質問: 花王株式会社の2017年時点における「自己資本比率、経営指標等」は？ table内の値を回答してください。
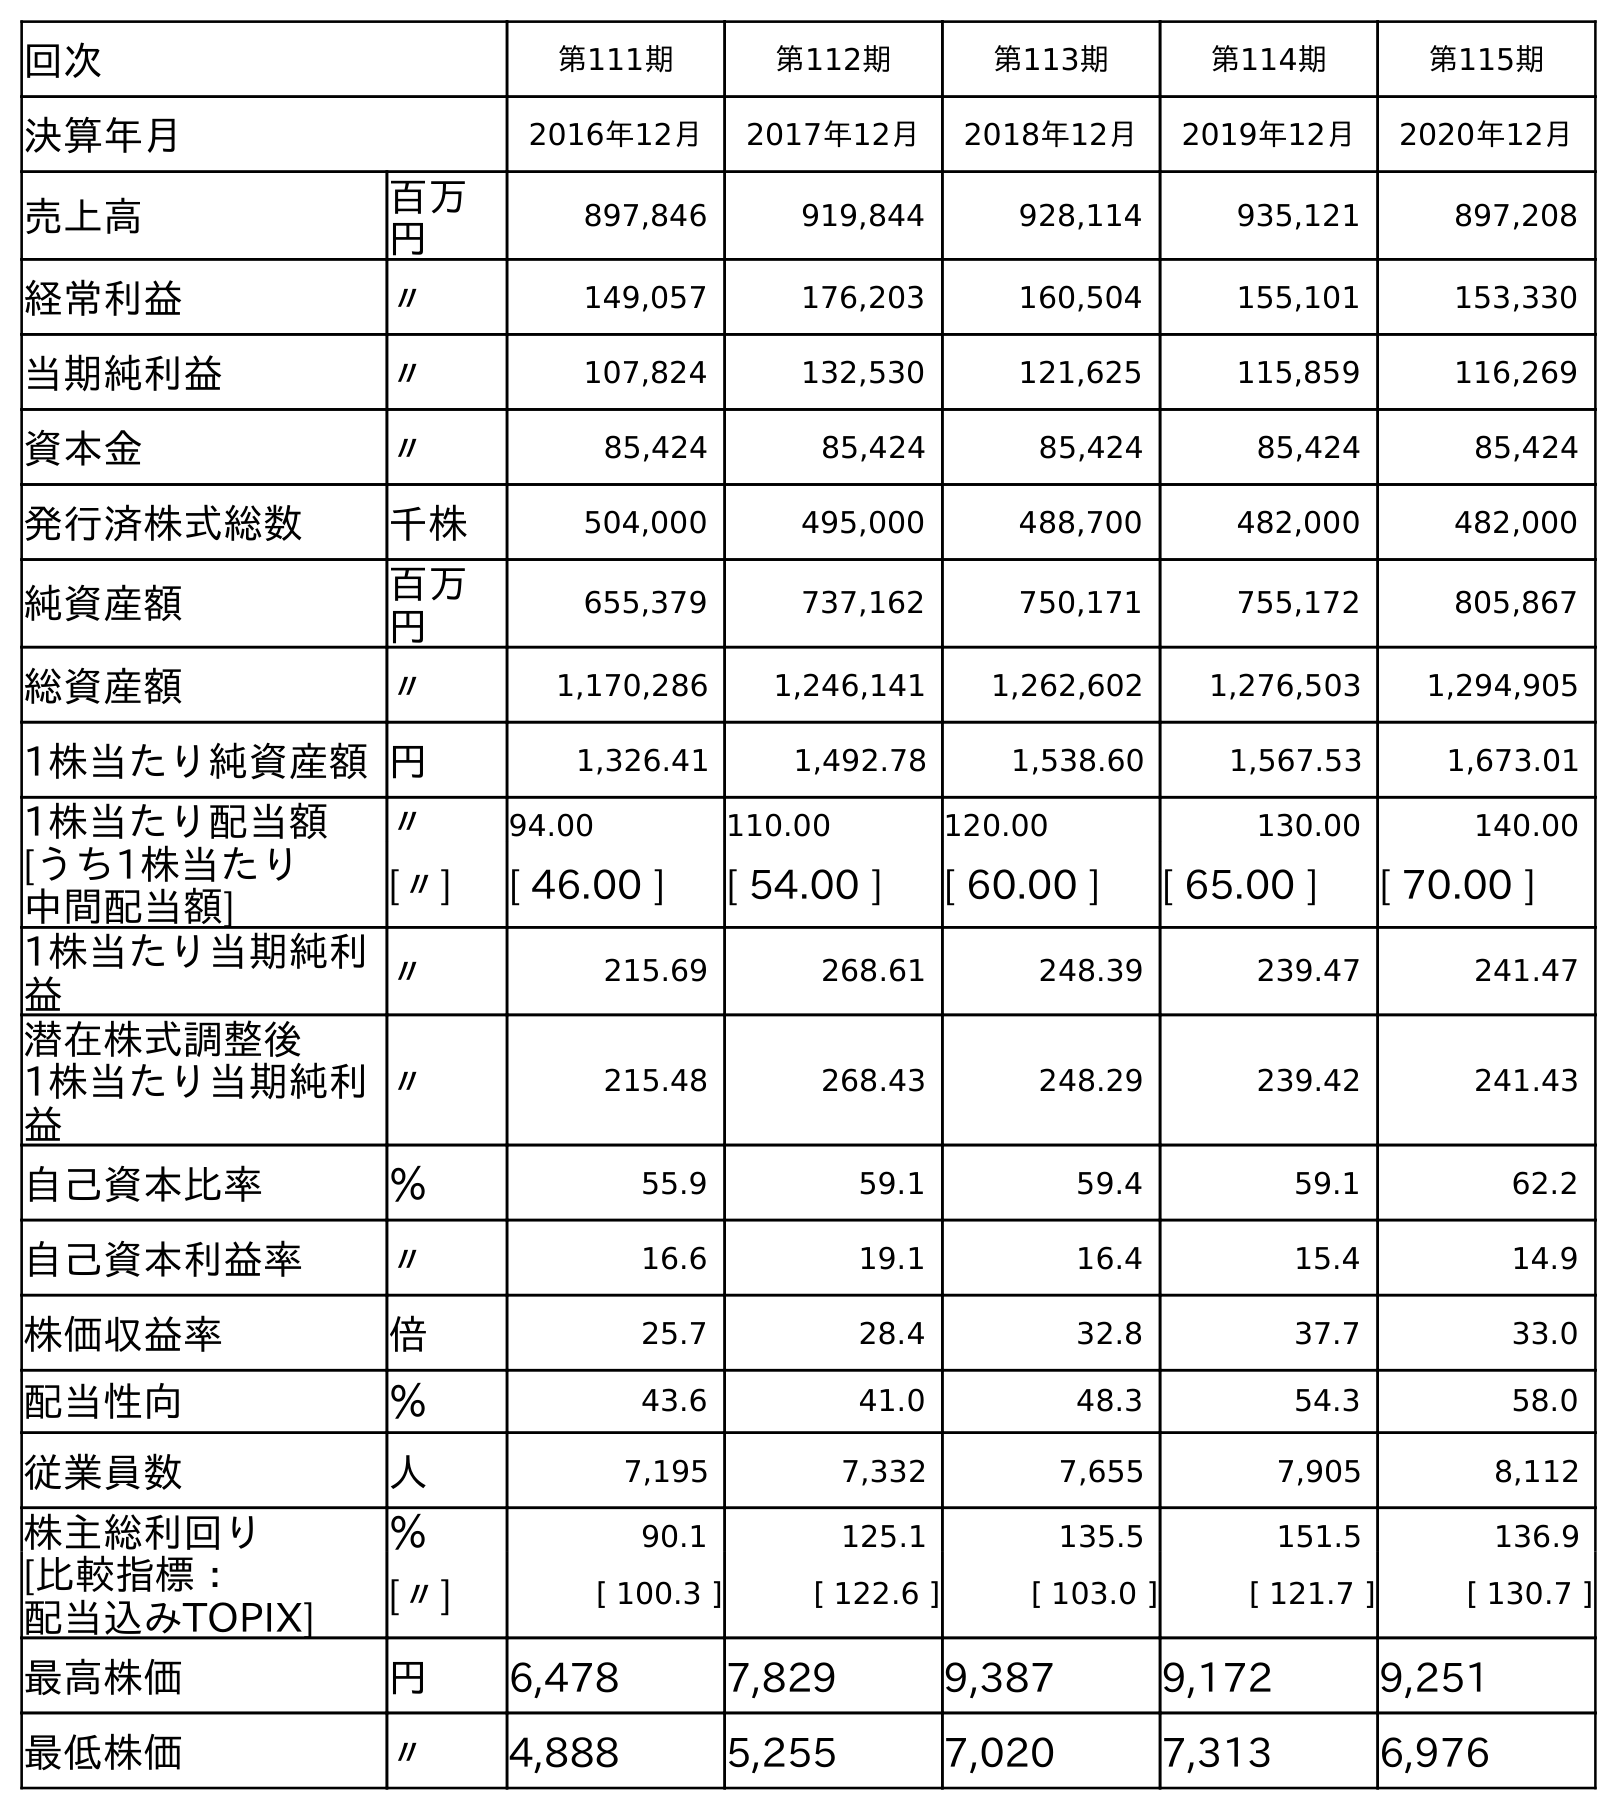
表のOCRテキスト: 回次 第111期 第112期 第113期 第114期 第115期 決算年月 2016年12月 2017年12月 2018年12月 2019年12月 2020年12月 売上高 百万 円 897,846 919,844 928,114 935,121 897,208 経常利益 〃 149,057 176,203 160,504 155,101 153,330 当期純利益 〃 107,824 132,530 121,625 115,859 116,269 資本金 〃 85,424 85,424 85,424 85,424 85,424 発行済株式総数 千株 504,000 495,000 488,700 482,000 482,000 純資産額 百万 円 655,379 737,162 750,171 755,172 805,867 総資産額 〃 1,170,286 1,246,141 1,262,602 1,276,503 1,294,905 1株当たり純資産額円 1,326.41 1,492.78 1,538.60 1,567.53 1,673.01 1株当たり配当額 〃 94.00 110.00 120.00 130.00 140.00 [うち1株当たり 中間配当額] [〃] [ 46.00 ] [ 54.00 ] [ 60.00 ] [ 65.00 ] [ 70.00 ] 1株当たり当期純利 益 〃 215.69 268.61 248.39 239.47 241.47 潜在株式調整後 1株当たり当期純利 益 〃 215.48 268.43 248.29 239.42 241.43 自己資本比率 ％ 55.9 59.1 59.4 59.1 62.2 自己資本利益率 〃 16.6 19.1 16.4 15.4 14.9 株価収益率 倍 25.7 28.4 32.8 37.7 33.0 配当性向 ％ 43.6 41.0 48.3 54.3 58.0 従業員数 人 7,195 7,332 7,655 7,905 8,112 株主総利回り ％ 90.1 125.1 135.5 151.5 136.9 [比較指標： 配当込みTOPIX] [〃] [ 100.3 ] [ 122.6 ] [ 103.0 ] [ 121.7 ] [ 130.7 ] 最高株価 円 6,478 7,829 9,387 9,172 9,251 最低株価 〃 4,888 5,255 7,020 7,313 6,976
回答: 59.1